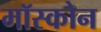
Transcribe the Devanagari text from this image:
मॉस्कोन